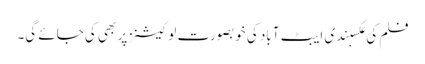
فلم کی عکسبندی ایبٹ آباد کی خوبصورت لوکیشنز پر بھی کی جائے گی۔